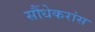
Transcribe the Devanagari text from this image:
सौंधेकरांस